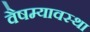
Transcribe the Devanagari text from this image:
वैषम्यावस्था